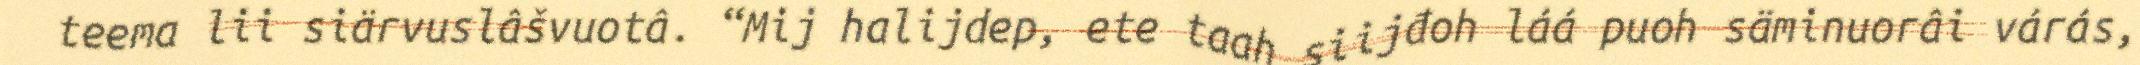
teema lii siärvuslâšvuotâ. “Mij halijdep, ete taah siijđoh láá puoh säminuorâi várás,